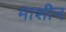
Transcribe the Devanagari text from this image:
माशीन